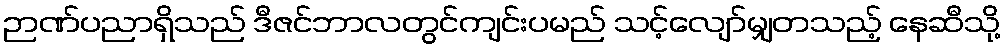
ဉာဏ်ပညာရှိသည် ဒီဇင်ဘာလတွင်ကျင်းပမည် သင့်လျော်မျှတသည့် နေဆီသို့